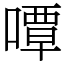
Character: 嘾